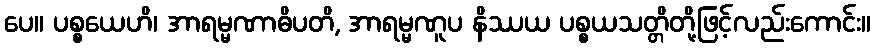
ပေ။ ပစ္စယေဟိ၊ အာရမ္မဏာဓိပတိ, အာရမ္မဏူပ နိဿယ ပစ္စယသတ္တိတို့ဖြင့်လည်းကောင်း။